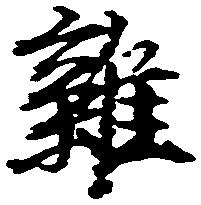
雑